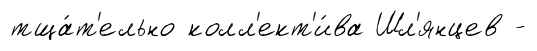
тща́т'ельно колл'ект'и́ва Шл'янцев -